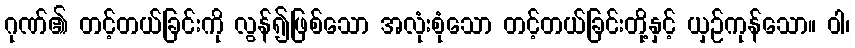
ဂုဏ်၏ တင့်တယ်ခြင်းကို လွန်၍ဖြစ်သော အလုံးစုံသော တင့်တယ်ခြင်းတို့နှင့် ယှဉ်ကုန်သော။ ဝါ၊